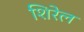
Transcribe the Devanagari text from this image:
शिरेल